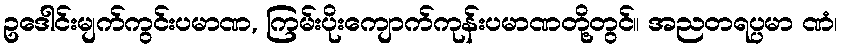
ဥဒေါင်းမျက်ကွင်းပမာဏ, ကြမ်းပိုးကျောက်ကုန်းပမာဏတို့တွင်။ အညတရပ္ပမာ ဏံ၊